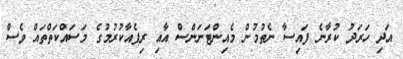
އަދި ހަރަދު ކުރާނެ ފައިސާ ނެތުމުން މެއިންޓަނަންސް އާއި ރިޕެއާކުރުމުގެ މަސައްކަތްތައް ވެސް